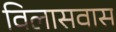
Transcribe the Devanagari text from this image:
विलासवास